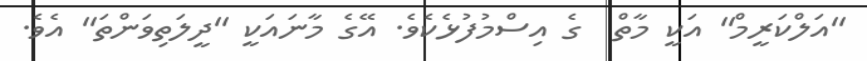
''އަލްކަރީމް'' އަކީ މާތް  ގެ އިސްމުފުޅެކެވެ. އޭގެ މާނައަކީ ''ދީލަތިވަންތަ'' އެވެ.